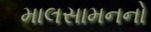
માલસામનનો